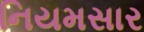
નિયમસાર